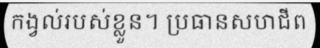
កង្វល់របស់ខ្លួន។ ប្រធានសហជីព